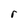
Character: r